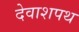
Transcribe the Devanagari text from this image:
देवाशपथ